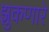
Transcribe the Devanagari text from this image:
झुकणारे